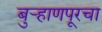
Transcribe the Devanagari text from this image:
बुर्‍हाणपूरचा